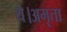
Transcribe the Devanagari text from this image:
थे।अमृता